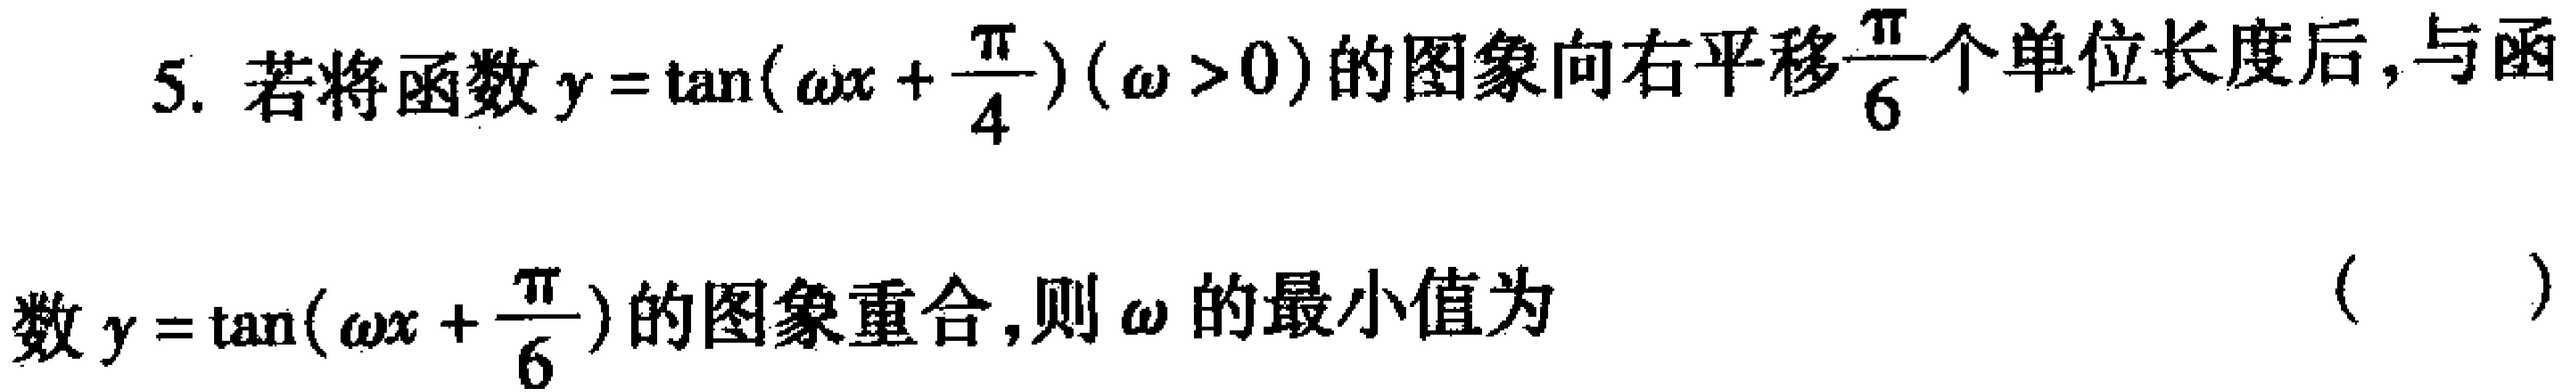
5. 若将函数\(y = \tan(\omega x+\frac{\pi}{4})(\omega>0)\)的图象向右平移\(\frac{\pi}{6}\)个单位长度后，与函数\(y = \tan(\omega x+\frac{\pi}{6})\)的图象重合，则\(\omega\)的最小值为 （  ）